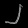
Digit: ၂